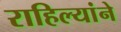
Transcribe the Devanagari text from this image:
राहिल्यांने